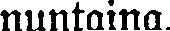
nuntaina.